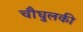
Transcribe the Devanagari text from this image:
चौघुलकी